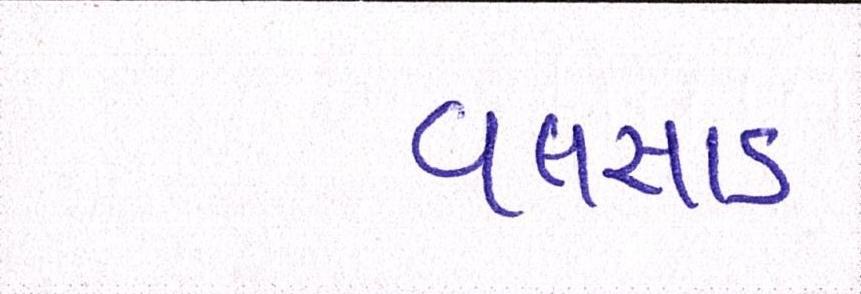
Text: વલસાડ